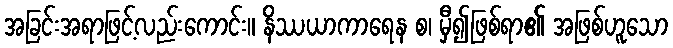
အခြင်းအရာဖြင့်လည်းကောင်း။ နိဿယာကာရေန စ၊ မှီ၍ဖြစ်ရာ၏ အဖြစ်ဟူသော